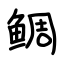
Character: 鲷